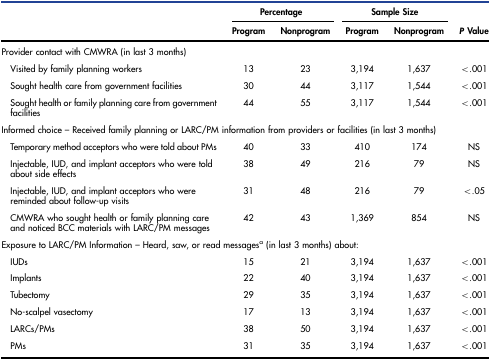
| <ROWSPAN=2>  | <COLSPAN=2> Percentage | <COLSPAN=2> Sample Size | <ROWSPAN=2> P Value |
 | Program | Nonprogram | Program | Nonprogram |
 | --- | --- | --- | --- | --- | --- |
 | <COLSPAN=6> Provider contact with CMWRA (in last 3 months) |
 | Visited by family planning workers | 13 | 23 | 3,194 | 1,637 | <.001 |
 | Sought health care from government facilities | 30 | 44 | 3,117 | 1,544 | <.001 |
 | Sought health or family planning care from government facilities | 44 | 55 | 3,117 | 1,544 | <.001 |
 | <COLSPAN=6> Informed choice – Received family planning or LARC/PM information from providers or facilities (in last 3 months) |
 | Temporary method acceptors who were told about PMs | 40 | 33 | 410 | 174 | NS |
 | Injectable, IUD, and implant acceptors who were told about side effects | 38 | 49 | 216 | 79 | NS |
 | Injectable, IUD, and implant acceptors who were reminded about follow-up visits | 31 | 48 | 216 | 79 | <.05 |
 | CMWRA who sought health or family planning care and noticed BCC materials with LARC/PM messages | 42 | 43 | 1,369 | 854 | NS |
 | <COLSPAN=6> Exposure to LARC/PM Information – Heard, saw, or read messagesa (in last 3 months) about: |
 | IUDs | 15 | 21 | 3,194 | 1,637 | <.001 |
 | Implants | 22 | 40 | 3,194 | 1,637 | <.001 |
 | Tubectomy | 29 | 35 | 3,194 | 1,637 | <.001 |
 | No-scalpel vasectomy | 17 | 13 | 3,194 | 1,637 | <.001 |
 | LARCs/PMs | 38 | 50 | 3,194 | 1,637 | <.001 |
 | PMs | 31 | 35 | 3,194 | 1,637 | <.001 |